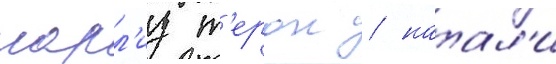
шарл'из т'ерон / натал'и